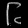
Digit: ၆